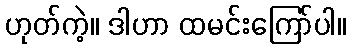
ဟုတ်ကဲ့။ ဒါဟာ ထမင်းကြော်ပါ။